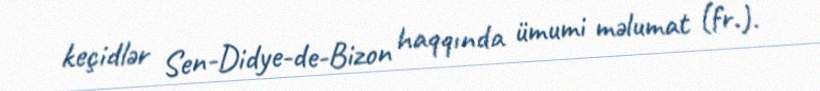
keçidlər Sen-Didye-de-Bizon haqqında ümumi məlumat (fr.).